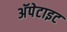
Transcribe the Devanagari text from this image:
अॅपेटाइट